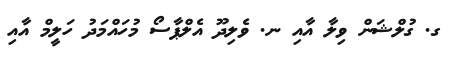
ގ. ގުލްޝަން ވިލާ އާއި ނ. ވެލިދޫ އެލްޕާސޯ މުހައްމަދު ހަލީމް އާއި